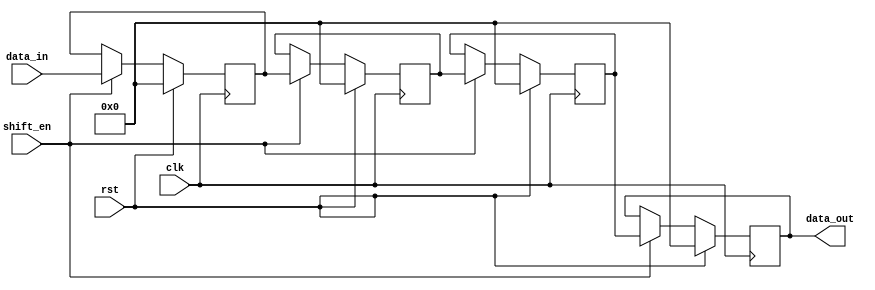
module ShiftRegister #(parameter WIDTH = 8,  // Default width of the register
                       parameter DEPTH = 4) // Default depth of the register
                      (input clk,                   // Clock signal
                       input rst,                   // Active-high reset signal
                       input [WIDTH-1:0] data_in,   // Input data
                       input shift_en,              // Shift enable signal
                       output reg [WIDTH-1:0] data_out); // Output data

    // Internal register array to hold the shifted values
    reg [WIDTH-1:0] shift_reg [0:DEPTH-1];

    integer i;

    always @(posedge clk) begin
        if (rst) begin
            // Initialize all bits of the shift_reg to zero
            for (i = 0; i < DEPTH; i = i + 1) begin
                shift_reg[i] <= {WIDTH{1'b0}};
            end
        end
        else if (shift_en) begin
            // Shift the contents of the register
            for (i = DEPTH-1; i > 0; i = i - 1) begin
                shift_reg[i] <= shift_reg[i-1]; // Shift right
            end
            // Load new data into the most significant position
            shift_reg[0] <= data_in; 
        end
        // If shift_en is not asserted, retain current values
    end

    // Assign the output to reflect the current state of the shift_reg
    always @(*) begin
        data_out = shift_reg[DEPTH-1]; // Output the LSB or the entire register contents as required
    end

endmodule